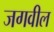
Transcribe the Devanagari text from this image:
जगवील